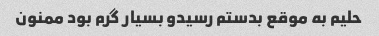
حلیم به موقع بدستم رسیدو بسیار گرم بود ممنون